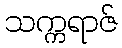
သက္ကရာဇ်